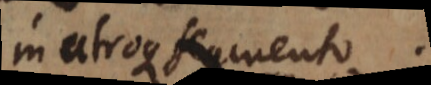
in atroque segmento.